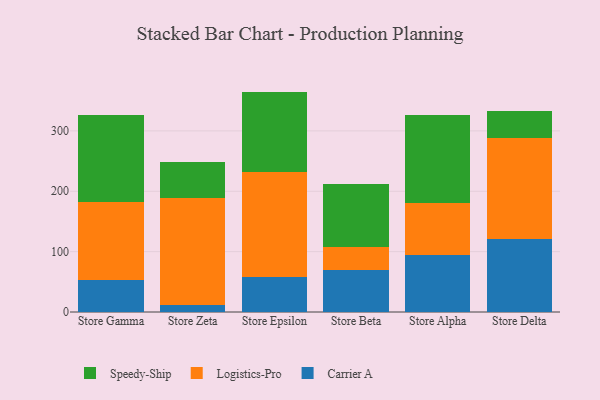
{"axis": {"x": "Store", "y": "Temperature (°C)"}, "legend": ["Carrier A", "Logistics-Pro", "Speedy-Ship"], "data": [{"x": "Store Gamma", "y": 52.5, "type": "Carrier A"}, {"x": "Store Gamma", "y": 130.2, "type": "Logistics-Pro"}, {"x": "Store Gamma", "y": 143.2, "type": "Speedy-Ship"}, {"x": "Store Zeta", "y": 11.8, "type": "Carrier A"}, {"x": "Store Zeta", "y": 177.2, "type": "Logistics-Pro"}, {"x": "Store Zeta", "y": 59.6, "type": "Speedy-Ship"}, {"x": "Store Epsilon", "y": 57.3, "type": "Carrier A"}, {"x": "Store Epsilon", "y": 175.4, "type": "Logistics-Pro"}, {"x": "Store Epsilon", "y": 132.4, "type": "Speedy-Ship"}, {"x": "Store Beta", "y": 69.1, "type": "Carrier A"}, {"x": "Store Beta", "y": 38.2, "type": "Logistics-Pro"}, {"x": "Store Beta", "y": 105.2, "type": "Speedy-Ship"}, {"x": "Store Alpha", "y": 93.7, "type": "Carrier A"}, {"x": "Store Alpha", "y": 87.0, "type": "Logistics-Pro"}, {"x": "Store Alpha", "y": 145.6, "type": "Speedy-Ship"}, {"x": "Store Delta", "y": 120.2, "type": "Carrier A"}, {"x": "Store Delta", "y": 167.6, "type": "Logistics-Pro"}, {"x": "Store Delta", "y": 44.7, "type": "Speedy-Ship"}]}